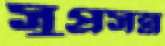
সুপ্রসন্ন